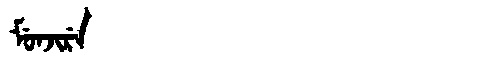
Manchu: ᠮᡠᠨᠵᡳᡵᡝ
Romanization: MUNJIRE